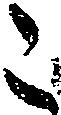
こ